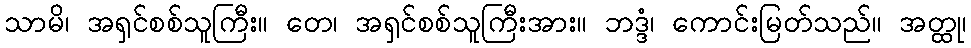
သာမိ၊ အရှင်စစ်သူကြီး။ တေ၊ အရှင်စစ်သူကြီးအား။ ဘဒ္ဒံ၊ ကောင်းမြတ်သည်။ အတ္ထု၊